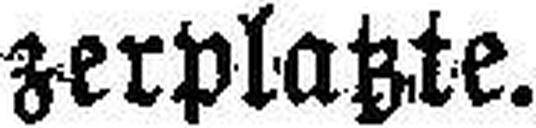
zerplatzte.